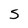
Character: S